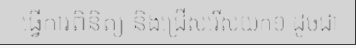
ធ្វើការពិនិត្យ និងជ្រើសរើសយក១ ដូចជា